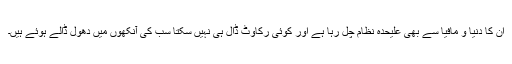
ان کا دنیا و مافیا سے بھی علیٰحدہ نظام چل رہا ہے اور کوئی رکاوٹ ڈال ہی نہیں سکتا سب کی آنکھوں میں دھول ڈالے ہوئے ہیں۔